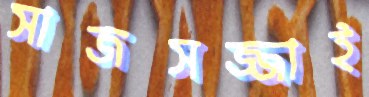
সাজসজ্জাই